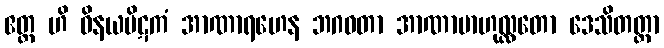
ဧတ္ထ ဟိ ဝိနယပိဋကံ အာဏာရဟေန ဘဂဝတာ အာဏာဗာဟုလ္လတော ဒေသိတတ္တာ